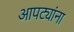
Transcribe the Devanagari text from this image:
आपट्यांना